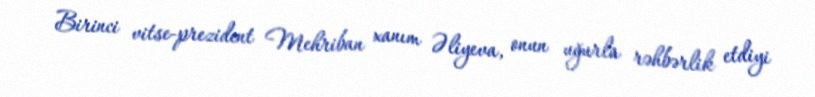
Birinci vitse-prezident Mehriban xanım Əliyeva, onun uğurla rəhbərlik etdiyi